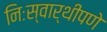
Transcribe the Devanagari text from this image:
निःस्वार्थीपणे